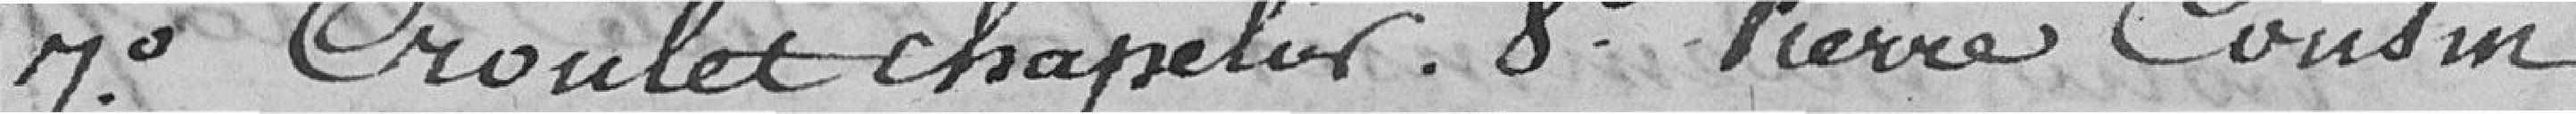
7° Croulet Chapelier ; 8° Pierre Cousin